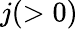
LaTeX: j(>0)